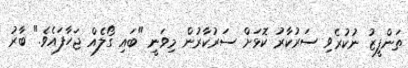
ތަންފީޒު ނުކުރެވި ސަރުކާރު ކޮޅަށް ސަރުކާރުން މިވަނީ "ބައި ގޯލެއް ޖަހާފައެވެ." ބާރު